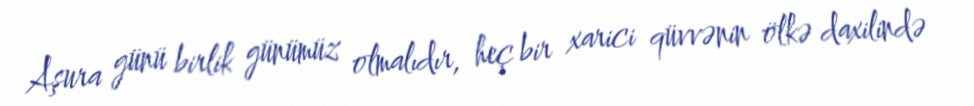
Aşura günü birlik günümüz olmalıdır, heç bir xarici qüvvənin ölkə daxilində